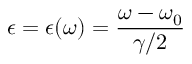
\epsilon = \epsilon ( \omega ) = \frac { \omega - \omega _ { 0 } } { \gamma / 2 }